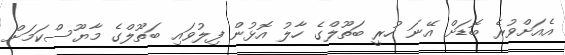
އެއަށްވުރެ ބޮޑަށް އޭނަ ހުރީ ބަތޫލްގެ ހާލު އޮޅުން ފިލުވައި ބަތޫލްގެ މާޔޫސްކަމަށް